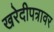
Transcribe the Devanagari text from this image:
खरेदीपत्रावर